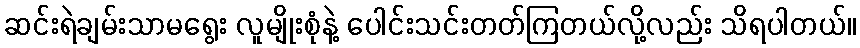
ဆင်းရဲချမ်းသာမရွေး လူမျိုးစုံနဲ့ ပေါင်းသင်းတတ်ကြတယ်လို့လည်း သိရပါတယ်။